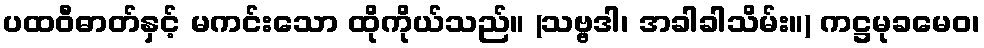
ပထဝီဓာတ်နှင့် မကင်းသော ထိုကိုယ်သည်။ (သဗ္ဗဒါ၊ အခါခါသိမ်း။) ကဋ္ဌမုခမေဝ၊